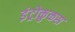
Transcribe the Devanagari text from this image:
इंट्रोकुकस